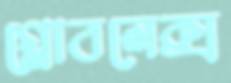
গ্লোবলেক্স